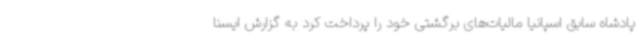
پادشاه سابق اسپانیا مالیات‌های برگشتی خود را پرداخت کرد به گزارش ایسنا